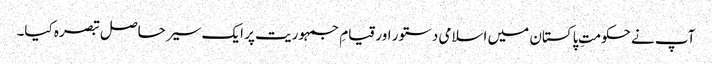
آپ نے حکومتِ پاکستان میں اسلامی دستور اور قیامِ جمہوریت پر ایک سیر حاصل تبصرہ کیا۔